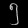
Digit: ၅